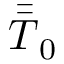
\bar { \bar { T } } _ { 0 }